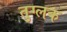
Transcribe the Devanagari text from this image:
तुग्लक